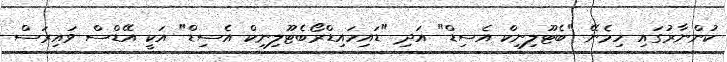
ކުންނާރުގައި ހިމެނޭ "ބެޓޫލިނިކް އެސިޑް" އަދި "ޑައިހައިޑްރޯބެޓޫލިނިކް އެސިޑް" އަކީ އޭޑްސް ވައިރަސް